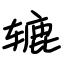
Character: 辘